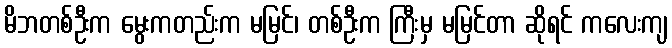
မိဘတစ်ဦးက မွေးကတည်းက မမြင်၊ တစ်ဦးက ကြီးမှ မမြင်တာ ဆိုရင် ကလေးကျ